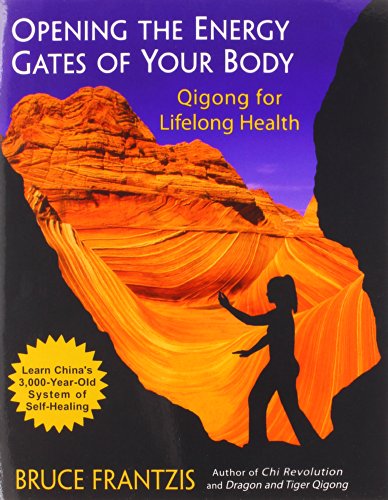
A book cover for Opening the Energy Gates of Your Body: Qigong for Lifelong Health; Bruce Frantzis; Health, Fitness & Dieting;